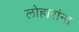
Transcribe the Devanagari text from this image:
लोहारांना